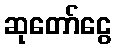
ဆုတော်ငွေ